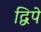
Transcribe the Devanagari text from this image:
द्विपे